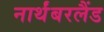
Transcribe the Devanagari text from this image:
नार्थंबरलैंड